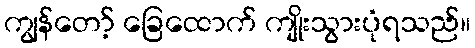
ကျွန်တော့် ခြေထောက် ကျိုးသွားပုံရသည်။